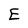
Character: E